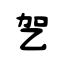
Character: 乫